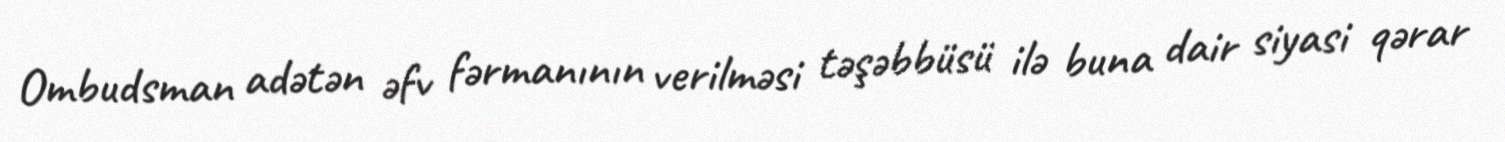
Ombudsman adətən əfv fərmanının verilməsi təşəbbüsü ilə buna dair siyasi qərar